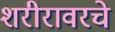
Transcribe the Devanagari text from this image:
शरीरावरचे